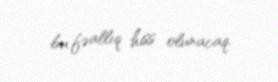
bu fəallıq hiss olunacaq.